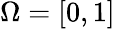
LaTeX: \Omega=[0,1]